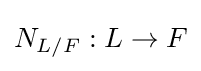
N_{L/F}:L\to F